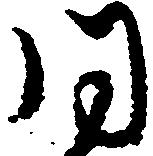
同